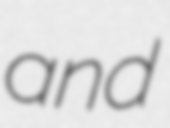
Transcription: and